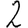
Digit: 2